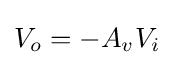
V_{o}=-A_{v}V_{i}